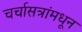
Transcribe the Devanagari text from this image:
चर्चासत्रांमधून